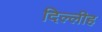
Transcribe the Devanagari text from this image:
दिल्लीह